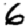
Digit: 6